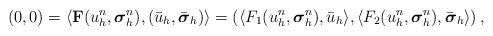
LaTeX: \begin{align*}(0,0)=\langle \mathbf{F}(u^n_h,{\boldsymbol\sigma}^n_h), (\bar{u}_h,\bar{\boldsymbol\sigma}_h)\rangle=\left( \langle F_1(u^n_h,{\boldsymbol\sigma}^n_h),\bar{u}_h\rangle, \langle F_2(u^n_h,{\boldsymbol\sigma}^n_h), \bar{\boldsymbol\sigma}_h\rangle\right),\end{align*}